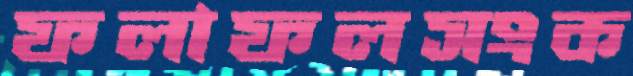
ফলাফলসংক